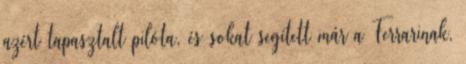
azért tapasztalt pilóta, és sokat segített már a Ferrarinak,